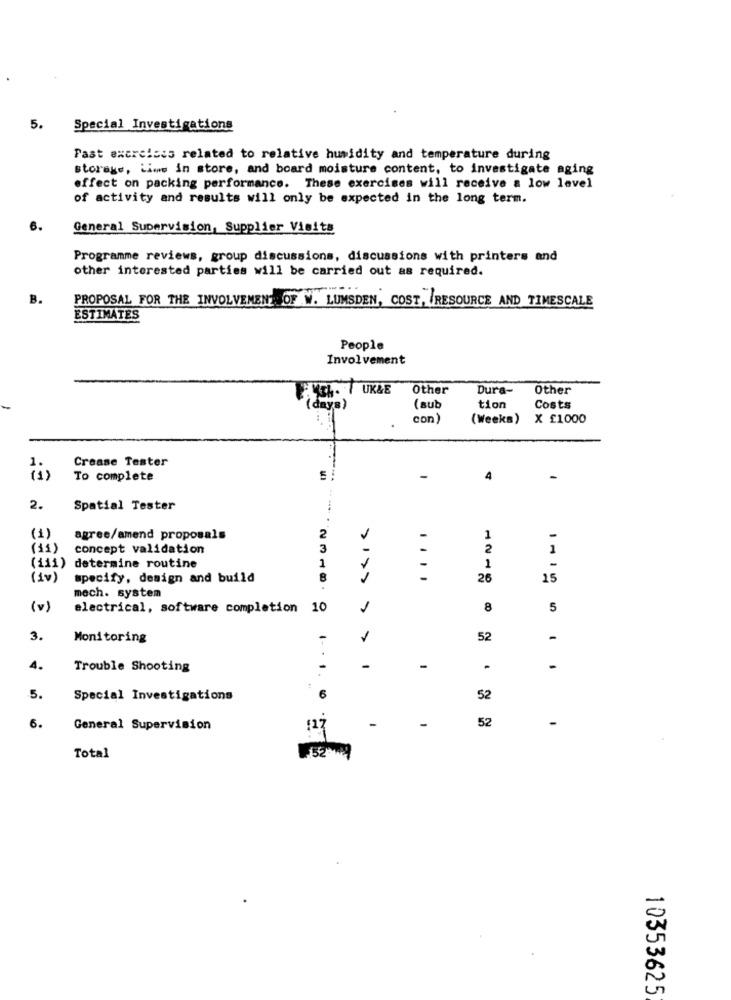
5.
Special Investigations
Past excreists related to relative humidity and temperature during
storage, Lime in store, and board moisture content, to investigate aging
effect on packing performance. These exercises will receive a low level
of activity and results will only be expected in the long term.
General Supervision, Supplier Visits
Programme reviews, group discussions, discussions with printers and
other interested parties will be carried out as required.
B.
PROPOSAL FOR THE INVOLVEMENT OF W. LUMSDEN, COST, RESOURCE AND TIMESCALE
ESTIMATES
People
Involvement
. TUK&E
Other
Dura-
Other
( days)
(sub
tion
Costs
con)
(Weeks)
X £1000
Crease Tester
..
(i)
To complete
-
4
2.
Spatial Tester
(1)
agree/amend proposals
2
1
-
(11)
concept validation
3
2
1
1
-
(iii) determine routine
1
(iv)
specify, design and build
8
....
26
15
mech. system
(v)
electrical, software completion 10
8
5
3.
Monitoring
52
-
4.
Trouble Shooting
-
-
-
6
5.
Special Investigations
52
6.
-
-
-
General Supervision
52
Total
10353625